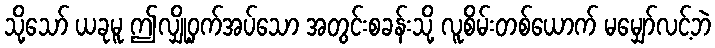
သို့သော် ယခုမူ ဤလျှို့ဝှက်အပ်သော အတွင်းစခန်းသို့ လူစိမ်းတစ်ယောက် မမျှော်လင့်ဘဲ